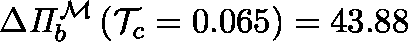
\Delta \mathit { \Pi } _ { b } ^ { \mathcal { M } } \left( \mathcal { T } _ { c } = 0 . 0 6 5 \right) = 4 3 . 8 8 \